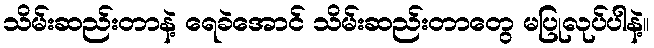
သိမ်းဆည်းတာနဲ့ ရေခဲအောင် သိမ်းဆည်းတာတွေ မပြုလုပ်ပါနဲ့။